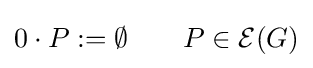
0\cdot P:=\emptyset \qquad P\in {\mathcal {E}}(G)